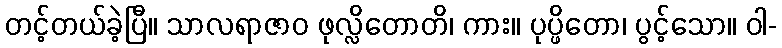
တင့်တယ်ခဲ့ပြီ။ သာလရာဇာဝ ဖုလ္လိတောတိ၊ ကား။ ပုပ္ဖိတော၊ ပွင့်သော။ ဝါ-